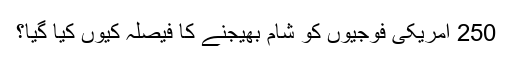
250 امریکی فوجیوں کو شام بھیجنے کا فیصلہ کیوں کیا گیا؟